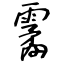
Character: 霱